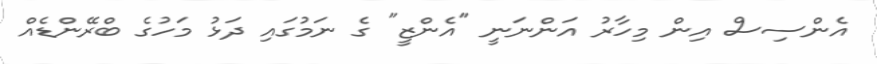
އެންސިސް އިން މިހާރު އަންނަނީ "އެންޒީ" ގެ ނަމުގައި ދަޅު މަހުގެ ބްރޭންޑެއް